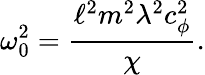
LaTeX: \omega_{0}^{2}=\frac{\ell^{2}m^{2}\lambda^{2}c_{\phi}^{2}}{\chi}.